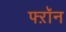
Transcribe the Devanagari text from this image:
फ्ऱॉन